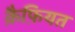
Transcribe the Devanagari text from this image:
क़ैफ़ियत